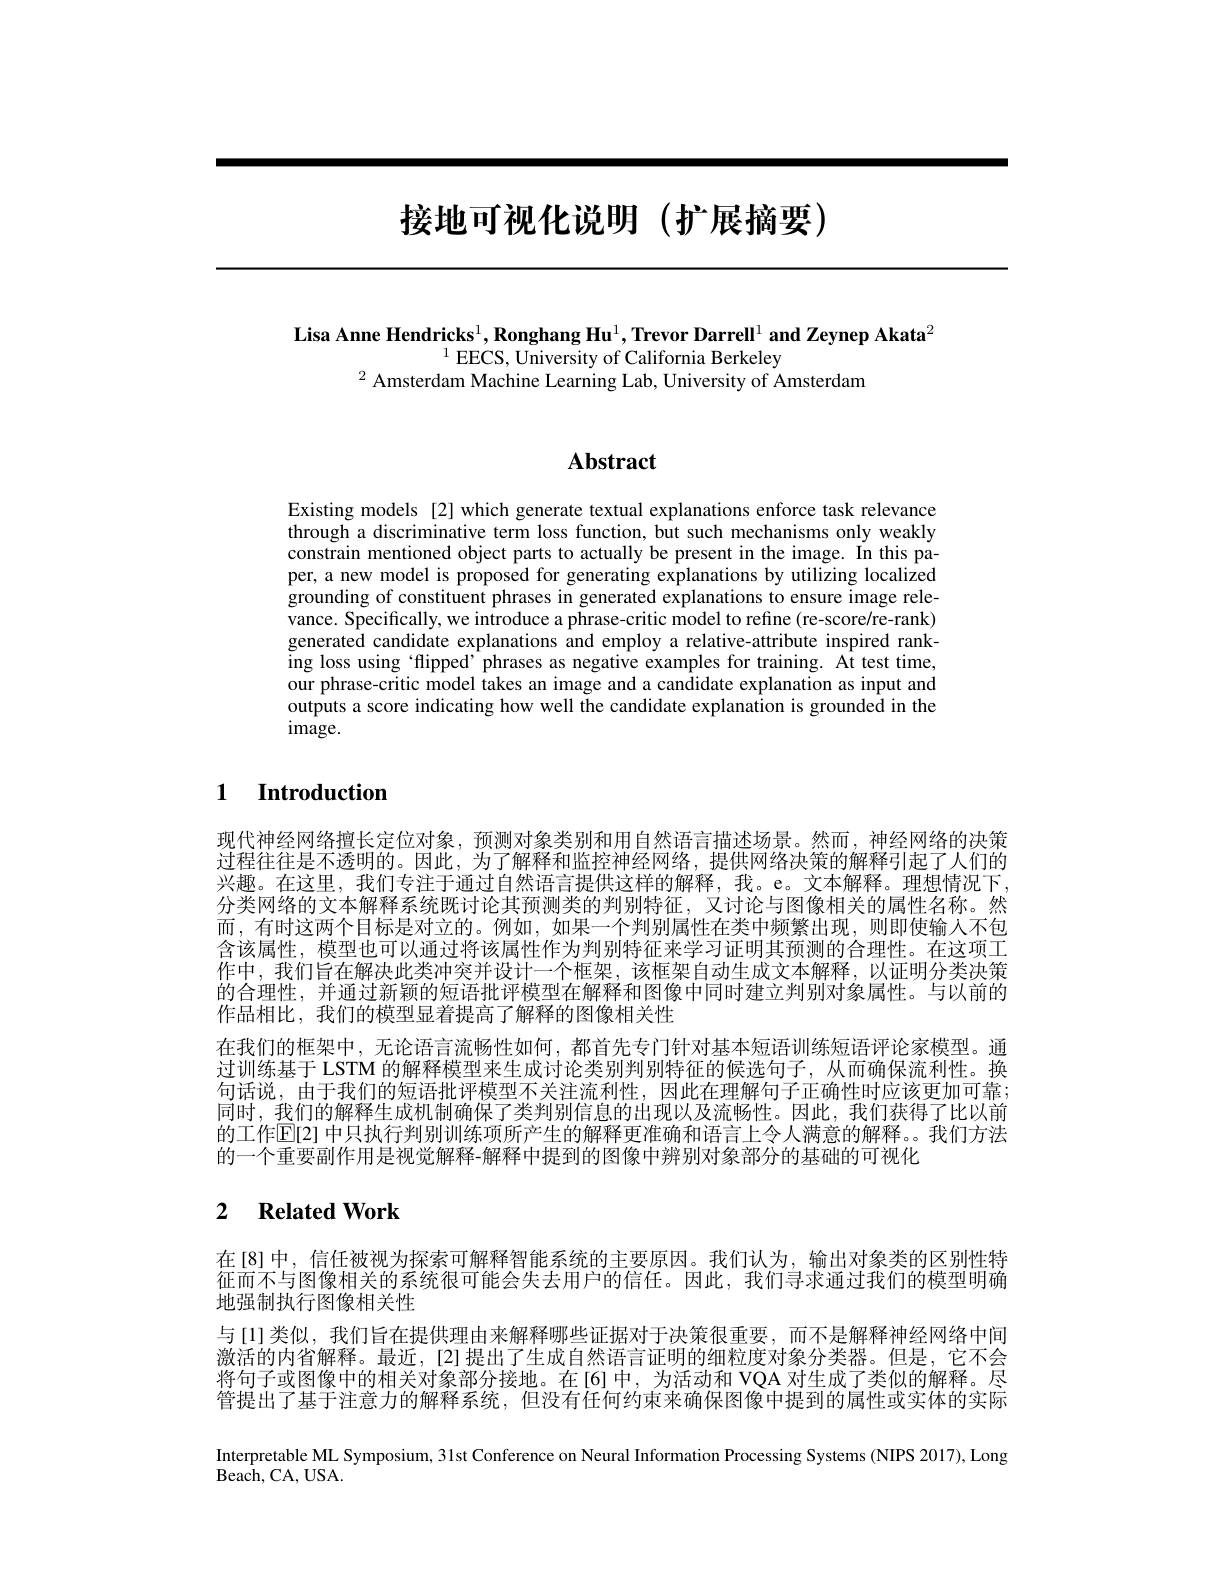
# 接地可视化说明(扩展摘要)

Lisa Anne Hendricks$^1,\textbf{Ronghang Hu}^1,\textbf{Trevor Darrell}^1$ and Zeynep Akata$^2$
$^{1}$EECS, University of California Berkeley
$^{2}$ Amsterdam Machine Learning Lab, University of Amsterdam

## $\mathbf{Abstract}$

Existing models [2] which generate textual explanations enforce task relevance through a discriminative term loss function, but such mechanisms only weakly constrain mentioned object parts to actually be present in the image. In this paper, a new model is proposed for generating explanations by utilizing localized grounding of constituent phrases in generated explanations to ensure image relevance. Specifically, we introduce a phrase-critic model to refine (re-score/re-rank) generated candidate explanations and employ a relative-attribute inspired ranking loss using ‘flipped’ phrases as negative examples for training. At test time, our phrase-critic model takes an image and a candidate explanation as input and $\hat{\text{outputs a score indicating how well the candidate explanation is grounded in the}}$ image.

### $\textbf{1}$ $\textbf{Introduction}$

现代神经网络擅长定位对象，预测对象类别和用自然语言描述场景。然而，神经网络的决策过程往往是不透明的。因此，为了解释和监控神经网络，提供网络决策的解释引起了人们的兴趣。在这里，我们专注于通过自然语言提供这样的解释，我。e。文本解释。理想情况下。分类网络的文本解释系统既讨论其预测类的判别特征，又讨论与图像相关的属性名称。然而，有时这两个目标是对立的。例如，如果一个判别属性在类中频繁出现，则即使输入不包含该属性，模型也可以通过将该属性作为判别特征来学习证明其预测的合理性。在这项工作中，我们旨在解决此类冲突并设计一个框架，该框架自动生成文本解释，以证明分类决策的合理性，并通过新颖的短语批评模型在解释和图像中同时建立判别对象属性。与以前的作品相比，我们的模型显着提高了解释的图像相关性
在我们的框架中，无论语言流畅性如何，都首先专门针对基本短语训练短语评论家模型。通过训练基于 LSTM 的解释模型来生成讨论类别判别特征的候选句子，从而确保流利性。换句话说，由于我们的短语批评模型不关注流利性，因此在理解句子正确性时应该更加可靠； 同时，我们的解释生成机制确保了类判别信息的出现以及流畅性。因此，我们获得了比以前的工作E[2] 中只执行判别训练项所产生的解释更准确和语言上令人满意的解释。。我们方法的一个重要副作用是视觉解释-解释中提到的图像中辨别对象部分的基础的可视化

## 2 $\textbf{Related Work}$

在[8]中，信任被视为探索可解释智能系统的主要原因。我们认为，输出对象类的区别性特征而不与图像相关的系统很可能会失去用户的信任。因此，我们寻求通过我们的模型明确地强制执行图像相关性
与[1]类似，我们旨在提供理由来解释哪些证据对于决策很重要，而不是解释神经网络中间激活的内省解释。最近，[2]提出了生成自然语言证明的细粒度对象分类器。但是，它不会将句子或图像中的相关对象部分接地。在[6]中，为活动和 VQA 对生成了类似的解释。尽管提出了基于注意力的解释系统，但没有任何约束来确保图像中提到的属性或实体的实际Interpretable ML Symposium, 31st Conference on Neural Information Processing Systems (NIPS 2017), Long Beach, CA, USA.